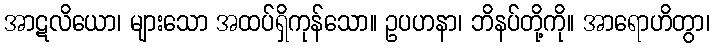
အာဋလိယော၊ များသော အထပ်ရှိကုန်သော။ ဥပဟနာ၊ ဘိနပ်တို့ကို။ အာရောဟိတွာ၊